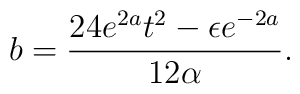
b=\frac{24e^{2a}t^{2}-\epsilon e^{-2a}}{12\alpha }.